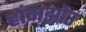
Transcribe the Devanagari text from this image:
हांगझोउ